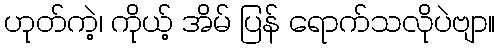
ဟုတ်ကဲ့၊ ကိုယ့် အိမ် ပြန် ရောက်သလိုပဲဗျာ။